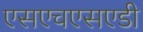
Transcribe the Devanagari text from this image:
एसएचएसएडी